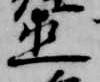
直